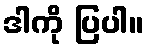
ဒါကို ပြပါ။